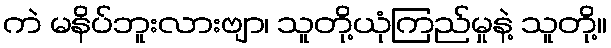
ကဲ မနိပ်ဘူးလားဗျာ၊ သူတို့ယုံကြည်မှုနဲ့ သူတို့။